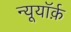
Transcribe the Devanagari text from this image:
न्यूयॉर्क़